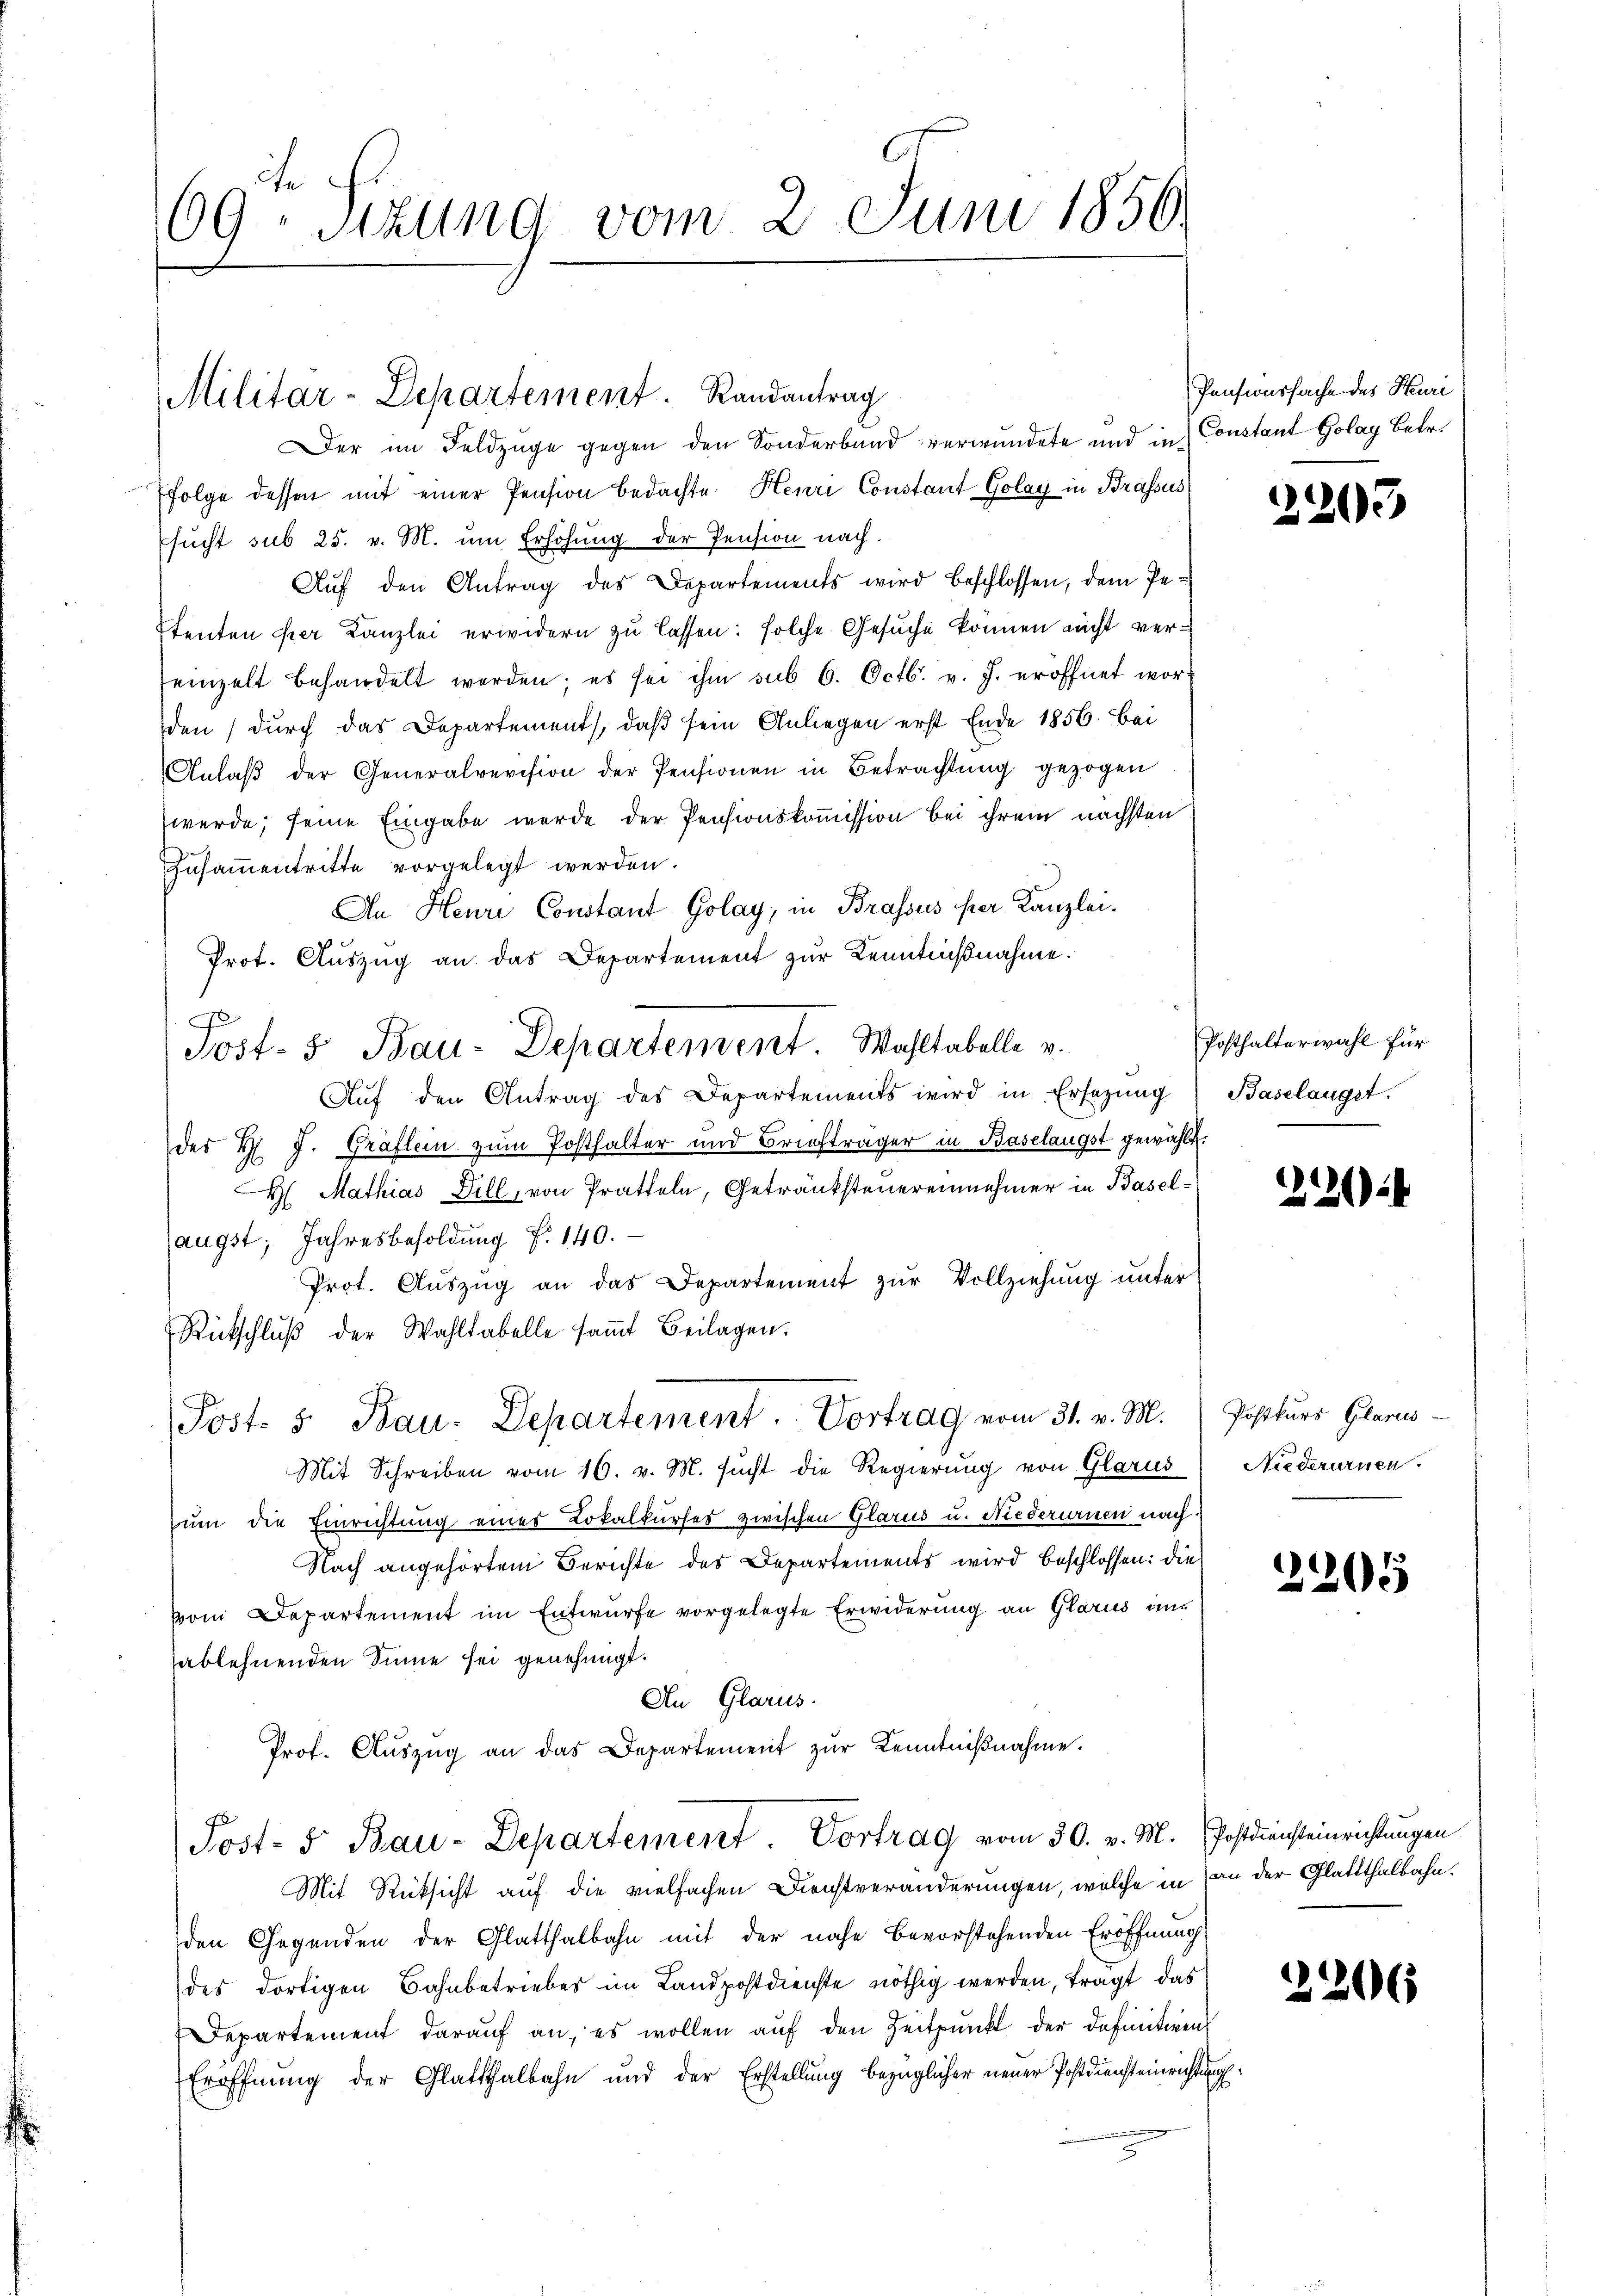
69 Sizung vom 2. Juni 1856.

Militar-Departement. Randantrag

er im Feldzüge gegen den Sonderband verwundete und infolge dessen mit einer Pension bedachte Henri Constant Golay in Brassus
sucht sub 25. v. M. um Erhöhung der Pension nach.
Aŭf den Antrag des Departements wird beschlossen, dem Petenten der Kanzlei erwidern zu lassen: solche Gesuche können nicht vereinzelt behandelt werden; es sei ihm sub 6. Octb. v. J. eröffnet wor
den) durch das Departement, daß sein Anliegen erst Ende 1856 bei
Anlaβ der Generalrevision der Pensionen in Betrachtŭng gezogen
werde; seine Eingabe wurde der Pensionskommission bei ihrem nächsten
Zusammentritte vorgelegt werden.
An Heure Constant Golay, in Brassus per Kanzlei.
Prot. Aŭszŭg an das Departement zŭr Kenntnißnahme.
Auf den Antrag des Departements wird in Ersezung
des H. J. Gräflein zum Posthalter und Briefträger in Baselangst gewählt.
H. Mathias Dill, von Pratteln, Getränksteuereinnehmer in Baselaugst, Jahresbesoldung Fr. 140.
Prot. Auszug an das Departement zur Vollziehung unter
Rütschlŭβ der Wahltabelle samt Beilagen.
Post. 5. Bau. Departement. Vortrag vom 31. v. M. Josttuer Glarus
Mit Schreiben vom 16. v. M. sucht die Regierung von Glarus
zum die Einrichtung eines Lokalkurses zwischen Glarus u. Niederurnen nach
Nach angehörtem Berichte des Departements wird beschlossen: die
vom Departement im Entwurfe vorgelegte Erwiderung an Glarus und
sablehnenden Sinne sei genehmigt.
An Glarus.
Prof. Aŭszŭg an das Departement zŭr Kenntniβnahme.
Post- 5 Bau-Departement. Vortrag vom 30. v. M. Postdiensteinrichtungen
Mit Rücksicht auf die vielfachen Dienstveränderungen, welche in an der Glattthalbahn.
den Gegenden der Glatthalbahn mit der nahe bevorstehenden Eröffnung
des dortigen Bahnbetriebes im Landpostdienste nöthig werden, trägt das
Departement darauf an, es wollen auf den Zeitpunkt der definitives
Eröffnung der Glattthalbahn und der Erstellung bezüglicher neuer Postdiensteinrichtung

Post- & Bau-Departenvent. Wahltabelle v.

Pensionssache des Heuri
Constant Golay betr.

2205

Posthalterwahl für
Baselangst.

204

Niederurnen.

2205

2206